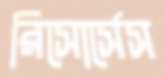
রিসোর্সেস